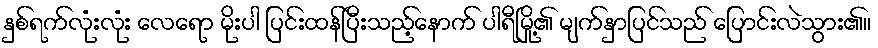
နှစ်ရက်လုံးလုံး လေရော မိုးပါ ပြင်းထန်ပြီးသည့်နောက် ပါရီမြို့၏ မျက်နှာပြင်သည် ပြောင်းလဲသွား၏။